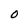
Character: 0